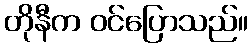
တိုနီက ဝင်ပြောသည်။